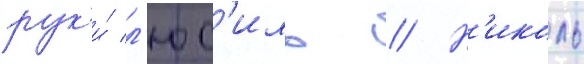
рук'и́ л'юс'иль // Н'иколь